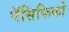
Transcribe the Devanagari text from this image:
पॅसिफिको